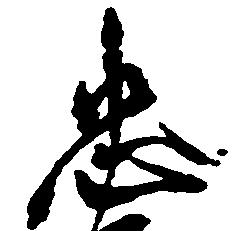
忠